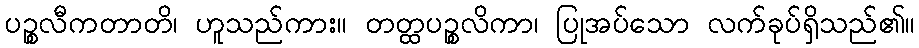
ပဉ္စလီကတာတိ၊ ဟူသည်ကား။ တတ္ထပဉ္စလိကာ၊ ပြုအပ်သော လက်ခုပ်ရှိသည်၏။